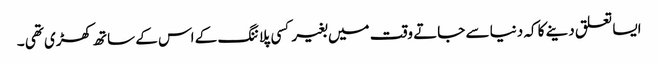
ایسا تعلق دینے کا کہ دنیا سے جاتے وقت میں بغیر کسی پلاننگ کے اس کے ساتھ کھڑی تھی ۔